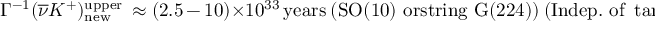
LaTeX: \Gamma ^ { - 1 } ( \overline { { { \nu } } } K ^ { + } ) _ { \mathrm { n e w } } ^ { \mathrm { u p p e r } } \, \approx ( 2 . 5 \, \mathrm { - } \, 1 0 ) \times 1 0 ^ { 3 3 } \, \mathrm { y e a r s } \ \mathrm { ( S O ( 1 0 ) ~ o r s t r i n g ~ G ( 2 2 4 ) ) } \ ( \mathrm { I n d e p . ~ o f ~ } \tan \beta ) \ .